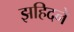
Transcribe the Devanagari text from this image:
झहिदने